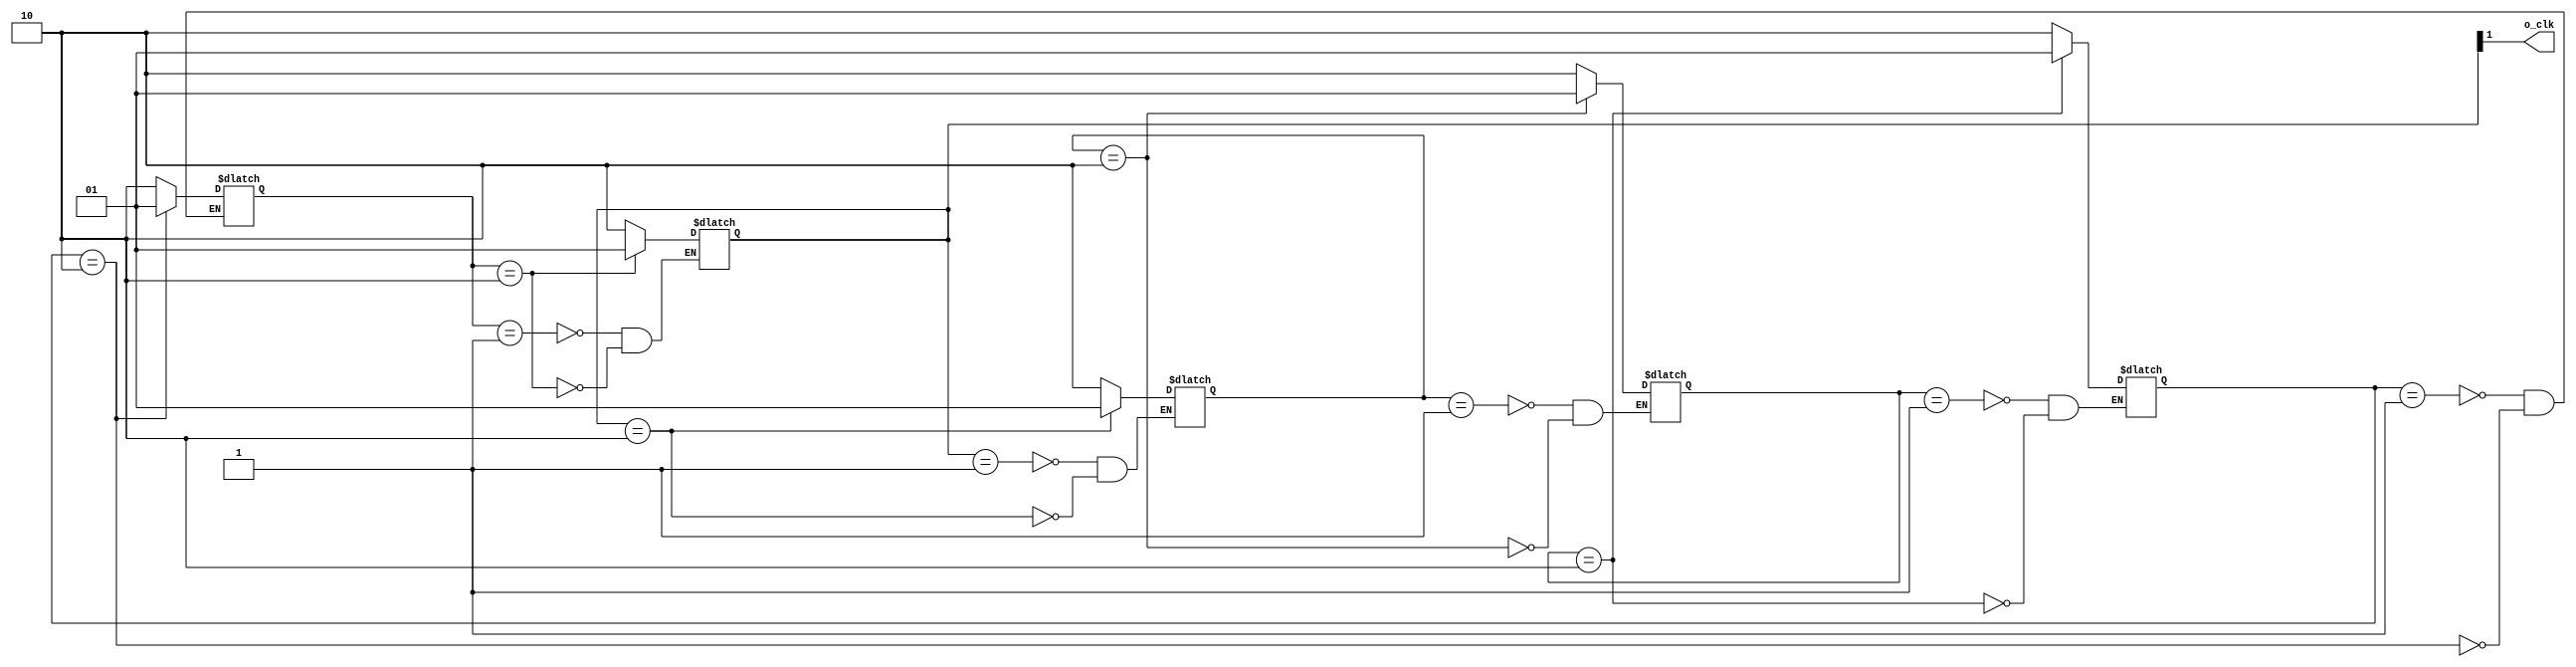
`default_nettype none
`timescale 1ns/1ps

  module ringd #( parameter pSTAGES = 5 )
  (
   output     o_clk
  );

////////////////////////////////////////
   wire [7:0] w_rst;
   reg        r_rst       = 'b1;
   always @( w_rst[7] )
     r_rst               <= 'b0;

   localparam pDEL        = 0.020;
   assign #pDEL w_rst[0]  = r_rst;
   assign #pDEL w_rst[1]  = w_rst[0];
   assign #pDEL w_rst[2]  = w_rst[1];
   assign #pDEL w_rst[3]  = w_rst[2];
   assign #pDEL w_rst[4]  = w_rst[3];
   assign #pDEL w_rst[5]  = w_rst[4];
   assign #pDEL w_rst[6]  = w_rst[5];
   assign #pDEL w_rst[7]  = w_rst[6];

////////////////////////////////////////
   localparam pNUM        = ( pSTAGES * 2 ) - 1;
   wire [pNUM:0] w_clk;
   assign        o_clk    = w_clk[1];

   genvar ii;
   for( ii=0; ii<pNUM; ii=ii+2 ) begin
      wire w_init    = ( ii % 4 ) >> 1;
      localparam xx  = ii+3 > pNUM ? 1 : ii+3;
      localparam yy  = ii+2 > pNUM ? 0 : ii+2;
      assign #pDEL w_clk[ ii+1 :ii]  = f_inv( r_rst, w_init, w_clk[ xx :yy], w_clk[ ii+1 :ii] );
   end

////////////////////////////////////////
   function [1:0] f_inv( input i_rst, i_init,
                         input [1:0] i_pn, i_ppn );
      if( i_rst )
        if( i_init )
          f_inv           = 'b10;
        else
          f_inv           = 'b01;
      else
        case( i_pn )
          'b01:    f_inv  = 'b10;
          'b10:    f_inv  = 'b01;
          default: f_inv  = i_ppn;
        endcase
   endfunction

endmodule